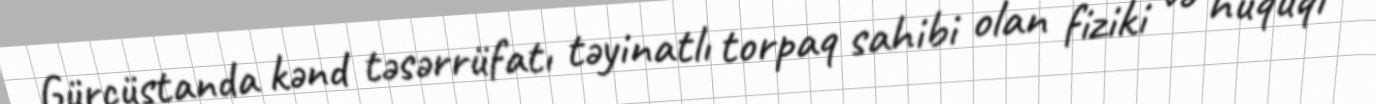
Gürcüstanda kənd təsərrüfatı təyinatlı torpaq sahibi olan fiziki və hüquqi